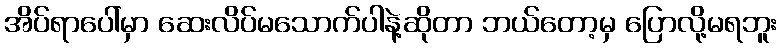
အိပ်ရာပေါ်မှာ ဆေးလိပ်မသောက်ပါနဲ့ဆိုတာ ဘယ်တော့မှ ပြောလို့မရဘူး